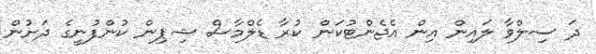
ދަ ސިލްވާ ލައިން އިން އެޖެންޓުކަން ކުރާ ޑެލްމާސް ޝިޕިން ކުންފުނީގެ ދަށުން